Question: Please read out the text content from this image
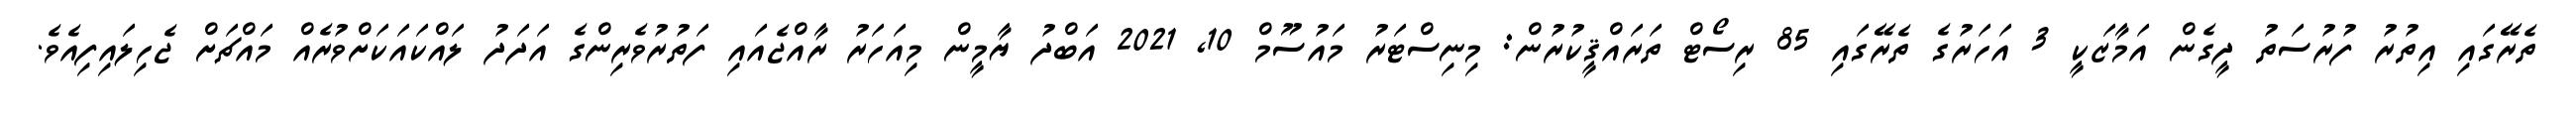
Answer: ތެރޭގައި އިތުރު ފުރުސަތު ދީގެން އަމާޒަކީ 3 އަހަރުގެ ތެރޭގައި 85 ރިސޯޓް ތަރައްޤީކުރުން: މިނިސްޓަރު މައުސޫމް 10, 2021 އަބްދު ޔާމީން މިއަހަރު ރާއްޖެއައި ފަތުރުވެރިންގެ އަދަދު ލައްކައަކަށްވުރެއް މައްޗަށް ޖެހިލައިފިއެވެ.